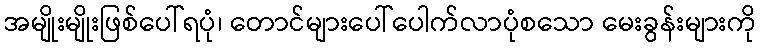
အမျိုးမျိုးဖြစ်ပေါ်ရပုံ၊ တောင်များပေါ်ပေါက်လာပုံစသော မေးခွန်းများကို